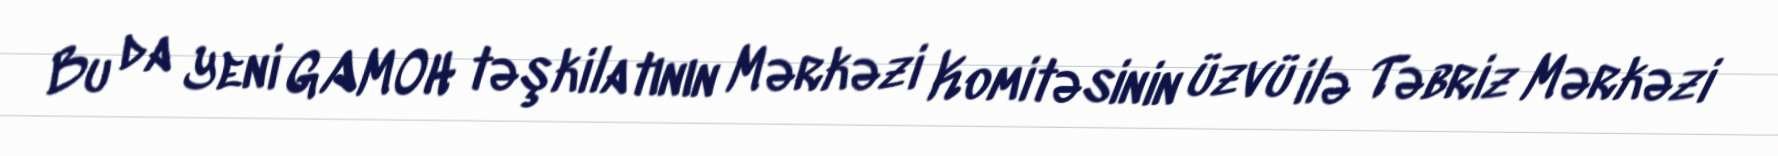
Bu da Yeni GAMOH təşkilatının Mərkəzi Komitəsinin üzvü ilə Təbriz Mərkəzi